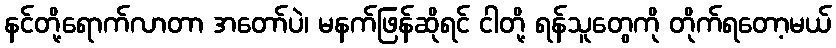
နင်တို့ရောက်လာတာ အတော်ပဲ၊ မနက်ဖြန်ဆိုရင် ငါတို့ ရန်သူတွေကို တိုက်ရတော့မယ်